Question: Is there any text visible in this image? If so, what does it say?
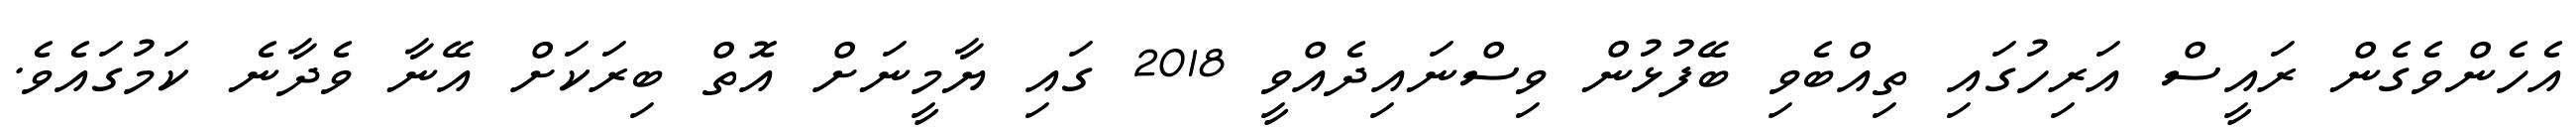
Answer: އެހެންވެގެން ރައީސް އަރިހުގައި ތިއްބެވި ބޭފުޅުން ވިސްނައިދެއްވީ 2018 ގައި ޔާމީނަށް އޮތް ބިރަކަށް އޭނާ ވެދާނެ ކަމުގައެވެ.